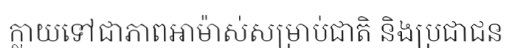
ក្លាយទៅជាភាពអាម៉ាស់សម្រាប់ជាតិ និងប្រជាជន